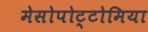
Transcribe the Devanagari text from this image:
मेसोपोट्टोमिया